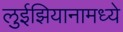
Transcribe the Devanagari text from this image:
लुईझियानामध्ये